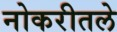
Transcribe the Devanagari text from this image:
नोकरीतले